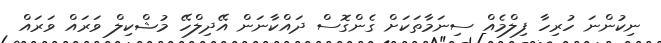
ނިކުންނަ ހުރިހާ ފިލްމެއް ސިނަމާތަކަށް ގެންގޮސް ދައްކާނަން އޭދިލްހޭ މުޝްކިލް ވަރައް ވަރައް